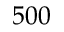
5 0 0